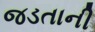
જડતાની